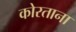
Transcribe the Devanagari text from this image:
कोरताना